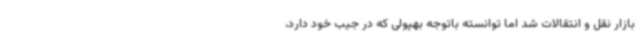
بازار نقل و انتقالات شد اما توانسته باتوجه بهپولی که در جیب خود دارد،